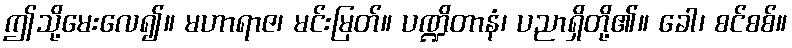
ဤသို့မေးလေ၍။ မဟာရာဇ၊ မင်းမြတ်။ ပဏ္ဍိတာနံ၊ ပညာရှိတို့၏။ ခေါ၊ စင်စစ်။